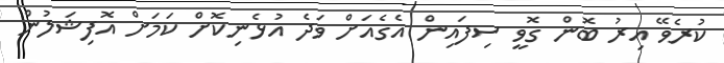
ކުރެވޭ އިރު ބޮން ގޮވީ ސިފައިން އެގެއަށް ވަދެ އުޅެނިކޮށް ކަމަށް އޮފިޝަލުން